Vaccination in Bombay 1874-1876 - 1874-1876
Year: 1874
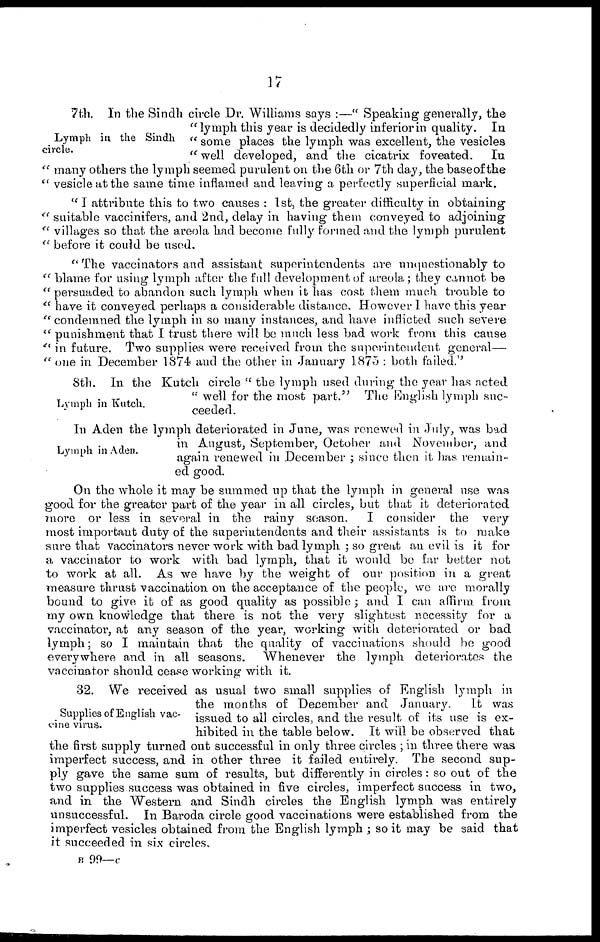
17
Lymph in the Sindh
circle.
7th. In the Sindh circle Dr. Williams says :—" Speaking generally, the
" lymph this year is decidedly inferior in quality.
In
" some places the lymph was excellent, the vesicles
" well developed, and the cicatrix foveated.
In
" many others the lymph seemed purulent on the 6th or 7th day, the base of the
" vesicle at the same time inflamed and leaving a perfectly superficial mark.
" I attribute this to two causes : 1st, the greater difficulty in obtaining
" suitable vaccinifers, and 2nd, delay in having them conveyed to adjoining
" villages so that the areola had become fully formed and the lymph purulent
" before it could be used.
" The vaccinators and assistant superintendents are unquestionably to
" blame for using lymph after the full development of areola ; they cannot be
"persuaded to abandon such lymph when it has cost them much trouble to
" have it conveyed perhaps a considerable distance. However I have this year
" condemned the lymph in so many instances, and have inflicted such severe
" punishment that I trust there will be much less bad work from this cause
" in future. Two supplies were received from the superintendent general—
" one in December 1874 and the other in January 1875 : both failed."
Lymph in Kutch.
8th. In the Kutch circle " the lymph used during the year has acted
" well for the most part." The English lymph suc-
ceeded.
Lymph in Aden.
In Aden the lymph deteriorated in June, was renewed in July, was bad
in August, September, October and November, and
again renewed in December ; since then it has remain-
ed good.
On the whole it may be summed up that the lymph in general use was
good for the greater part of the year in all circles, but that it deteriorated
more or less in several in the rainy season.
I consider the very
most important duty of the superintendents and their assistants is to make
sure that vaccinators never work with bad lymph ; so great an evil is it for
a vaccinator to work with bad lymph, that it would bo far better not
to work at all. As we have by the weight of our position in a great
measure thrust vaccination on the acceptance of the people, we are morally
bound to give it of as good quality as possible ; and I can affirm from
my own knowledge that there is not the very slightest necessity for a
vaccinator, at any season of the year, working with deteriorated or bad
lymph; so I maintain that the quality of vaccinations should be good
everywhere and in all seasons.
Whenever the lymph deteriorates the
vaccinator should cease working with it.
Supplies of English vac-
cine virus.
32. We received as usual two small supplies of English lymph in
the months of December and January.
It was
issued to all circles, and the result of its use is ex-
hibited in the table below. It will be observed that
the first supply turned out successful in only three circles ; in three there was
imperfect success, and in other three it failed entirely. The second sup-
ply gave the same sum of results, but differently in circles: so out of the
two supplies success was obtained in five circles, imperfect success in two,
and in the Western and Sindh circles the English lymph was entirely
unsuccessful.
In Baroda circle good vaccinations were established from the
imperfect vesicles obtained from the English lymph ; so it may be said that
it succeeded in six circles.
B 99— c